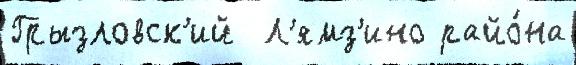
Грызловск'ий  Л'ямз'ино райо́на